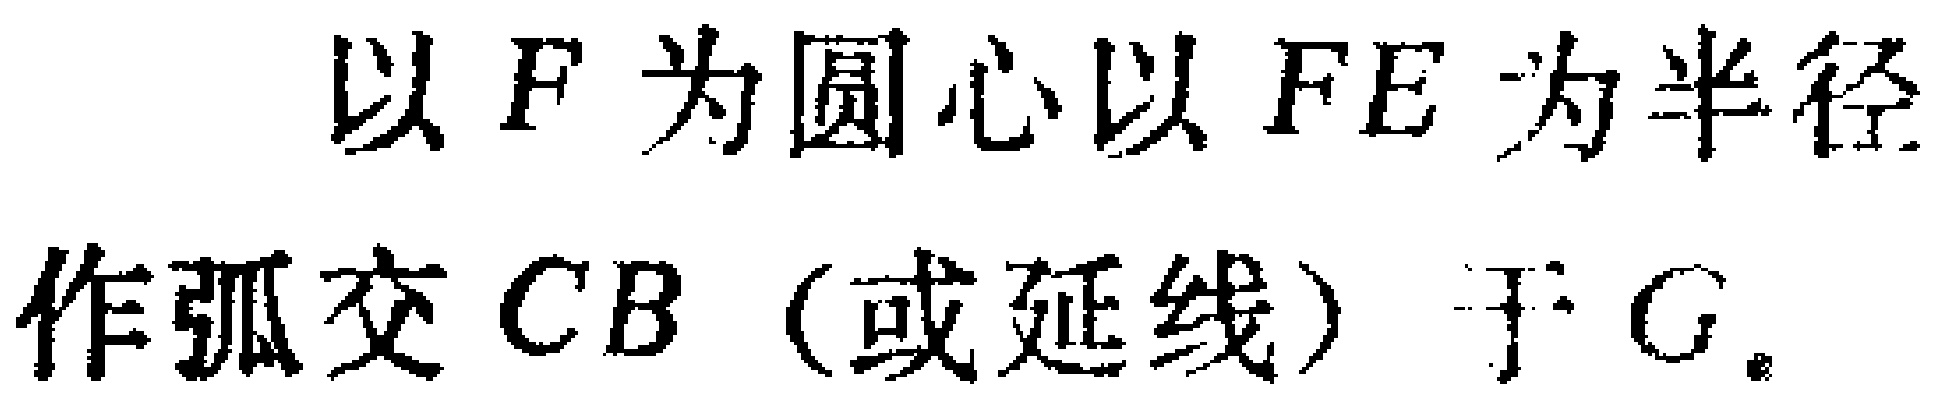
以 \(F\) 为圆心以 \(FE\) 为半径作弧交 \(CB\)（或延线）于 \(G\)。对应的LATEX格式：

以 \(F\) 为圆心，以 \(FE\) 为半径作弧，交 \(CB\)（或其延长线）于 \(G\)。

\(\text{以 }F\text{ 为圆心，以 }FE\text{ 为半径作弧，交 }CB\text{（或其延长线）于 }G\)